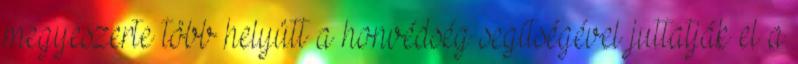
megyeszerte több helyütt a honvédség segítségével juttatják el a